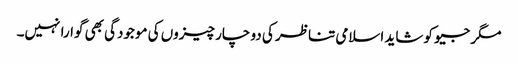
مگر جیو کو شاید اسلامی تناظر کی دو چار چیزوں کی موجودگی بھی گوارا نہیں۔